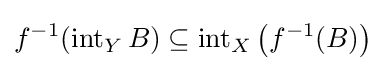
f^{-1}(\operatorname {int} _{Y}B)\subseteq \operatorname {int} _{X}\left(f^{-1}(B)\right)